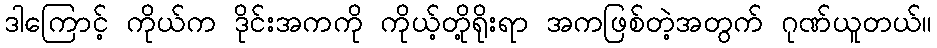
ဒါကြောင့် ကိုယ်က ဒိုင်းအကကို ကိုယ့်တို့ရိုးရာ အကဖြစ်တဲ့အတွက် ဂုဏ်ယူတယ်။